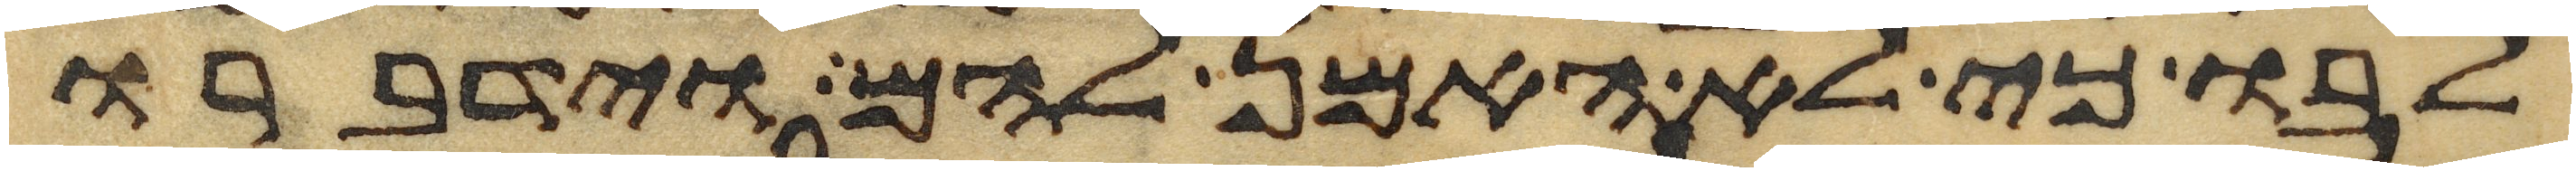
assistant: לבו כי לא האמן להם וידברו